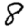
Digit: 8